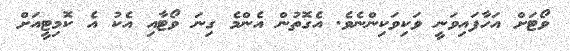
ވޯޓަށް އަހާފައިވަނީ ވަކިވަކިންނެވެ. އެގޮތުން އެންމެ ގިނަ ވޯޓާއި އެކު އެ ކޮމިޓީއަށް